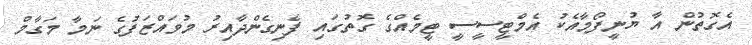
އެގޮތުން އާ ޔުނީފޯމާއެކު އެމްޓީސީސީ ޓީމެއްގެ ގޮތުގައި ފެނިގެންދާއިރު މުވައްޒަފުގެ ނަމާ މަގާމް